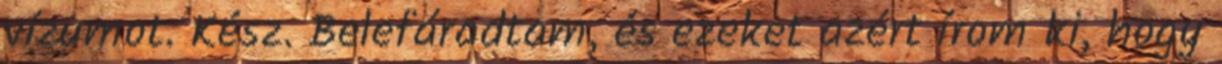
vízumot. Kész. Belefáradtam, és ezeket azért írom ki, hogy